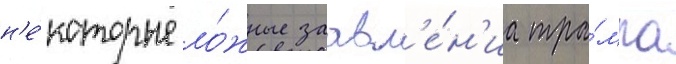
н'е́которые ло́жные заавл'е́н'иа тра́мпа